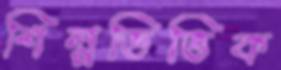
শিল্পভিত্তিক